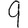
Digit: 9